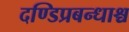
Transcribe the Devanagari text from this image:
दण्डिप्रबन्धाश्च